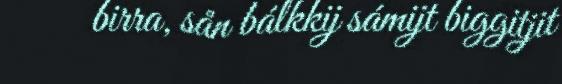
birra, sån bálkkij sámijt biggitjit